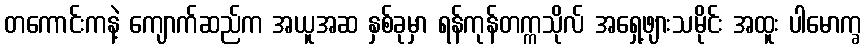
တကောင်းကနဲ့ ကျောက်ဆည်က အယူအဆ နှစ်ခုမှာ ရန်ကုန်တက္ကသိုလ် အရှေ့ဖျားသမိုင်း အထူး ပါမောက္ခ